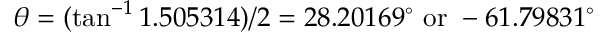
\theta = ( \tan ^ { - 1 } 1 . 5 0 5 3 1 4 ) / 2 = 2 8 . 2 0 1 6 9 ^ { \circ } { \mathrm { ~ o r ~ } } - 6 1 . 7 9 8 3 1 ^ { \circ }